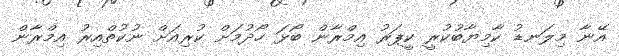
އޭނާ މިލަނޑު ކާމިޔާބުކުރީ ކީޕަރު އިމްރާން ބޯޅަ ހޯދުމަށް ކުރިއަށް ނުކުތްއިރު އިމްރާން